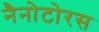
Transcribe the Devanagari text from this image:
नैनोटोरस